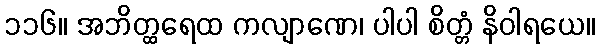
၁၁၆။ အဘိတ္ထရေထ ကလျာဏေ၊ ပါပါ စိတ္တံ နိဝါရယေ။